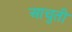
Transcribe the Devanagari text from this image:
आचुती